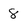
Character: 8